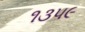
૧૩૫૯